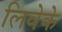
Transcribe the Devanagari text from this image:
लिवेके